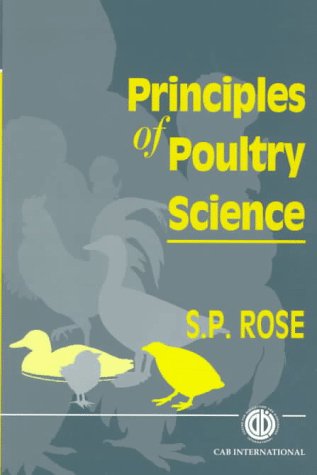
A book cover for Principles of Poultry Science; S P Rose; Medical Books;